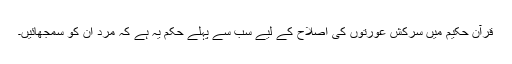
قرآن حکیم میں سرکش عورتوں کی اصلاح کے لیے سب سے پہلے حکم یہ ہے کہ مرد ان کو سمجھائیں۔